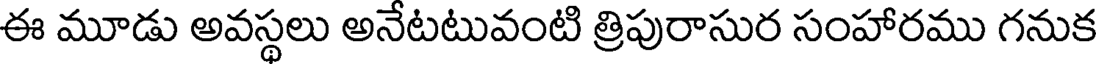
ఈ మూడు అవస్థలు అనేటటువంటి త్రిపురాసుర సంహారము గనుక